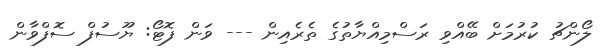
ލޯންޗު ކުރުމަށް ބޭއްވި ރަސްމިއްޔާތުގެ ތެރެއިން --- ވަން ފޮޓޯ: ޔޫސުފް ސޮފްވާން